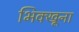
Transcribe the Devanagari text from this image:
भिक्खूना